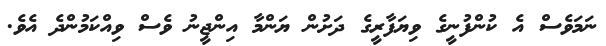
ނަމަވެސް އެ ކުންފުނީގެ ވިޔަފާރީގެ ދަށުން ޔަންމާ އިންޖީނު ވެސް ވިއްކަމުންދެ އެވެ.